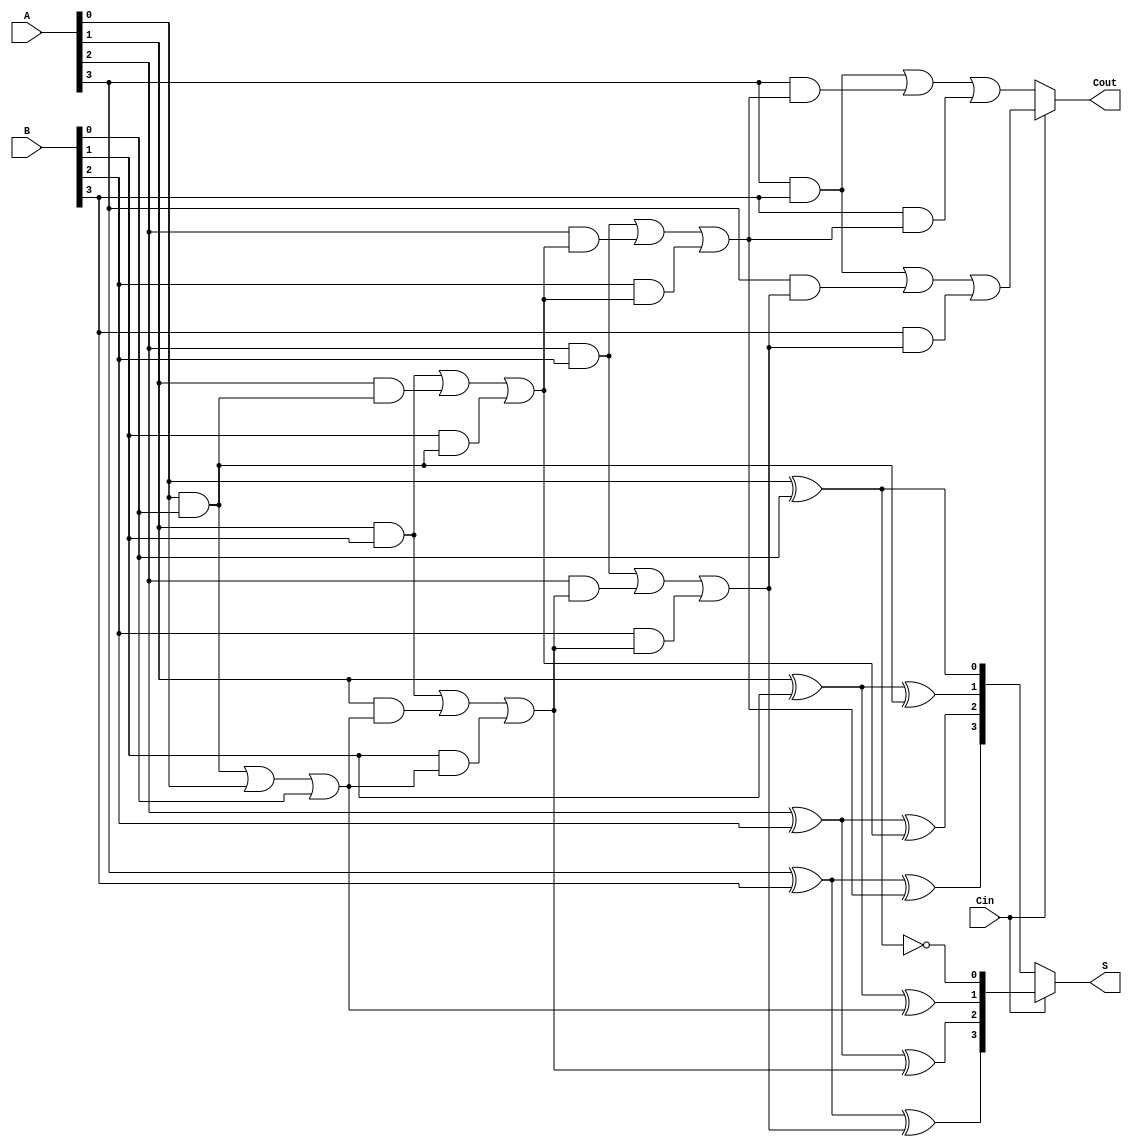
module dynamic_carry_select_adder #(parameter N = 4) (
    input [N-1:0] A,       // First n-bit input
    input [N-1:0] B,       // Second n-bit input
    input Cin,             // Carry-in input
    output [N-1:0] S,      // n-bit sum output
    output Cout            // Carry-out output
);

    wire [N-1:0] S0, S1;   // Sums for carry-in = 0 and carry-in = 1
    wire [N-1:0] C0, C1;   // Carry-out for carry-in = 0 and carry-in = 1
    wire [N-1:0] C;        // Intermediate carry signals

    // Generate the sums and carry-outs for both carry-in conditions
    genvar i;
    generate
        for (i = 0; i < N; i = i + 1) begin : adder_segment
            if (i == 0) begin
                // First full adder (with Cin)
                assign S0[i] = A[i] ^ B[i] ^ 1'b0; // S for Cin = 0
                assign S1[i] = A[i] ^ B[i] ^ 1'b1; // S for Cin = 1
                assign C0[i] = (A[i] & B[i]) | (A[i] & 1'b0) | (B[i] & 1'b0); // Cout for Cin = 0
                assign C1[i] = (A[i] & B[i]) | (A[i] & 1'b1) | (B[i] & 1'b1); // Cout for Cin = 1
            end else begin
                // Subsequent full adders (with carry-in)
                assign S0[i] = A[i] ^ B[i] ^ C0[i-1]; // S for Cin = 0
                assign S1[i] = A[i] ^ B[i] ^ C1[i-1]; // S for Cin = 1
                assign C0[i] = (A[i] & B[i]) | (A[i] & C0[i-1]) | (B[i] & C0[i-1]); // Cout for Cin = 0
                assign C1[i] = (A[i] & B[i]) | (A[i] & C1[i-1]) | (B[i] & C1[i-1]); // Cout for Cin = 1
            end
        end
    endgenerate

    // MUX for selecting the correct sum and carry-out based on Cin
    assign S = Cin ? S1 : S0; // Select sum based on carry-in
    assign Cout = Cin ? C1[N-1] : C0[N-1]; // Select carry-out based on carry-in

endmodule